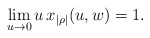
\begin{align*}\lim_{u\rightarrow 0}u\,x_{|\rho|}(u,w)=1. \end{align*}